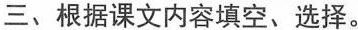
三、根据课文内容填空、选择。